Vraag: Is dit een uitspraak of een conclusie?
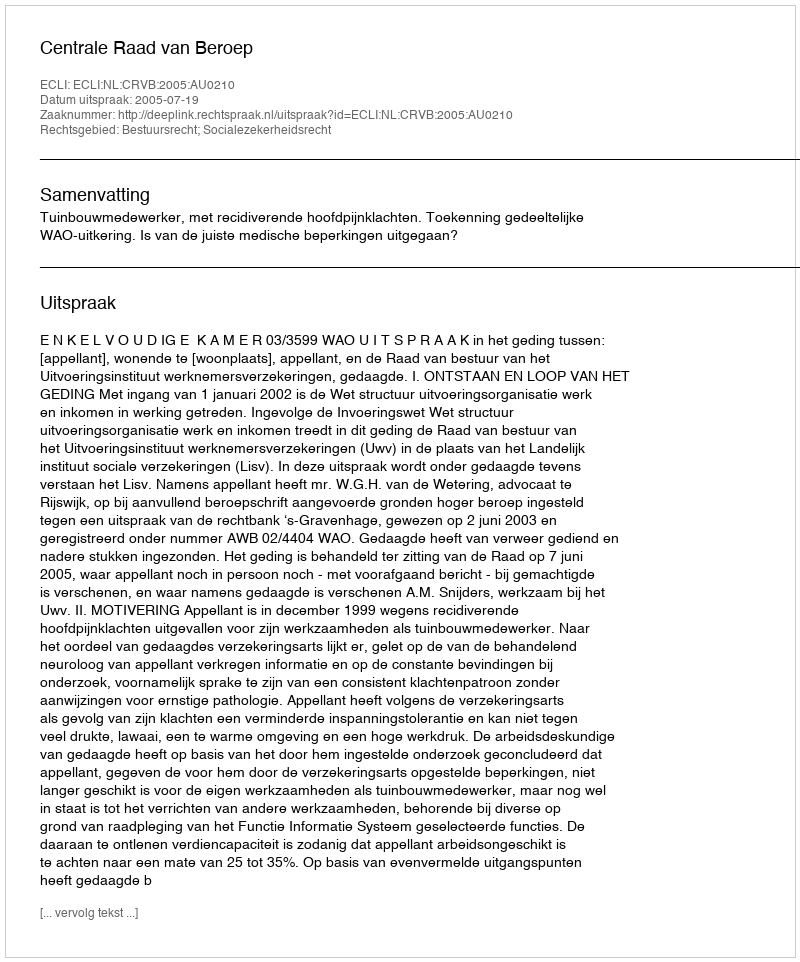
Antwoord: Uitspraak